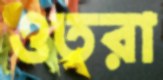
ওতরা